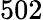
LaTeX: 502